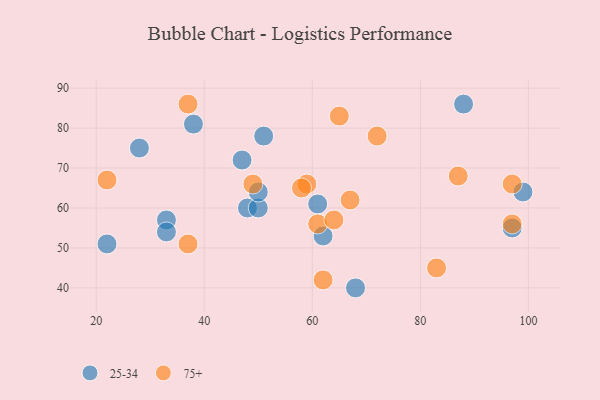
{"axis": {"x": "GDP", "y": "Life Expectancy"}, "legend": ["25-34", "75+"], "data": [{"x": "48", "y": 60, "type": "25-34"}, {"x": "99", "y": 64, "type": "25-34"}, {"x": "28", "y": 75, "type": "25-34"}, {"x": "97", "y": 55, "type": "25-34"}, {"x": "50", "y": 60, "type": "25-34"}, {"x": "33", "y": 57, "type": "25-34"}, {"x": "38", "y": 81, "type": "25-34"}, {"x": "61", "y": 61, "type": "25-34"}, {"x": "51", "y": 78, "type": "25-34"}, {"x": "22", "y": 51, "type": "25-34"}, {"x": "68", "y": 40, "type": "25-34"}, {"x": "50", "y": 64, "type": "25-34"}, {"x": "33", "y": 54, "type": "25-34"}, {"x": "62", "y": 53, "type": "25-34"}, {"x": "88", "y": 86, "type": "25-34"}, {"x": "47", "y": 72, "type": "25-34"}, {"x": "61", "y": 56, "type": "75+"}, {"x": "97", "y": 66, "type": "75+"}, {"x": "62", "y": 42, "type": "75+"}, {"x": "65", "y": 83, "type": "75+"}, {"x": "37", "y": 51, "type": "75+"}, {"x": "67", "y": 62, "type": "75+"}, {"x": "22", "y": 67, "type": "75+"}, {"x": "64", "y": 57, "type": "75+"}, {"x": "83", "y": 45, "type": "75+"}, {"x": "59", "y": 66, "type": "75+"}, {"x": "87", "y": 68, "type": "75+"}, {"x": "72", "y": 78, "type": "75+"}, {"x": "58", "y": 65, "type": "75+"}, {"x": "49", "y": 66, "type": "75+"}, {"x": "37", "y": 86, "type": "75+"}, {"x": "97", "y": 56, "type": "75+"}]}